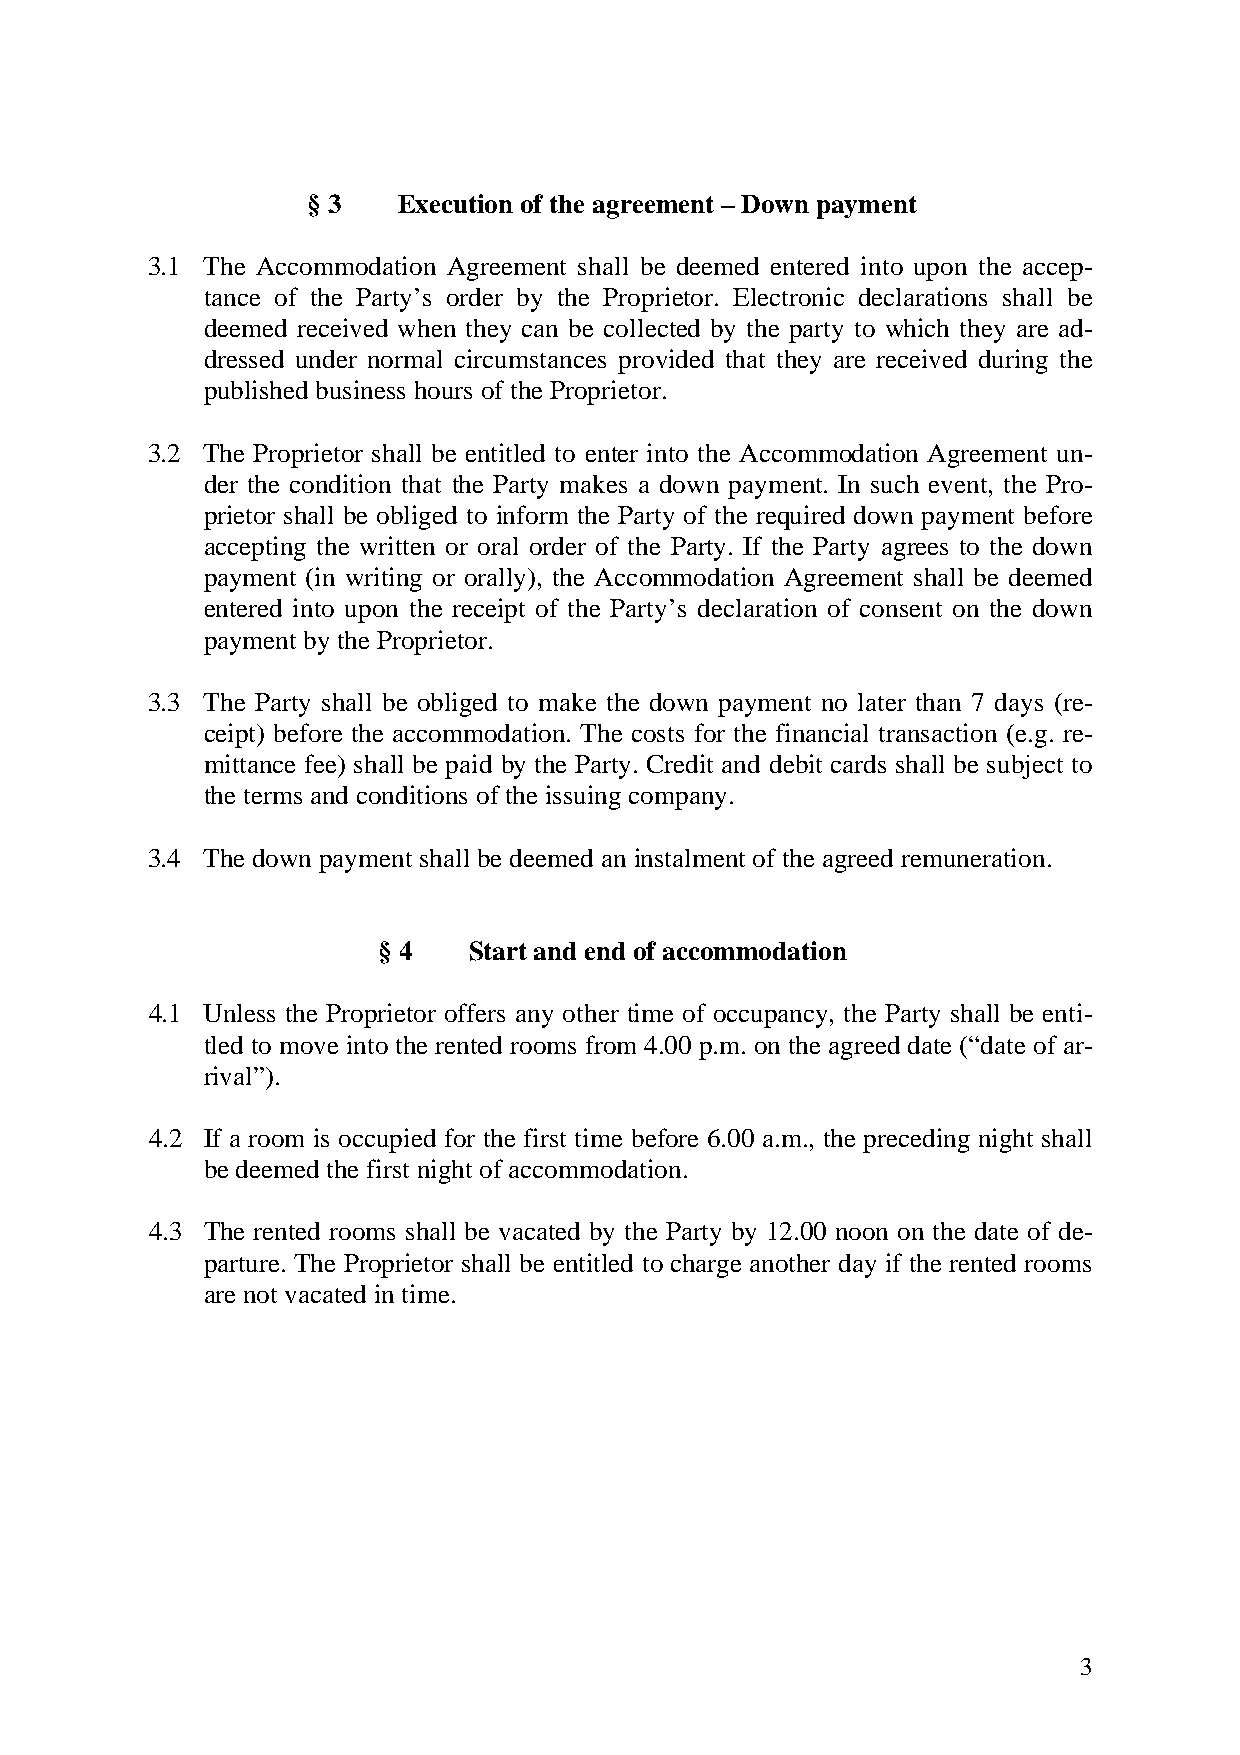
§ 3   Execution of the agreement – Down payment
 3.1 The Accommodation Agreement shall be deemed entered into upon the accep-
 tance of the Party’s order by the Proprietor. Electronic declarations shall be
 deemed received when they can be collected by the party to which they are ad-
 dressed under normal circumstances provided that they are received during the
 published business hours of the Proprietor.
 3.2 The Proprietor shall be entitled to enter into the Accommodation Agreement un-
 der the condition that the Party makes a down payment. In such event, the Pro-
 prietor shall be obliged to inform the Party of the required down payment before
 accepting the written or oral order of the Party. If the Party agrees to the down
 payment (in writing or orally), the Accommodation Agreement shall be deemed
 entered into upon the receipt of the Party’s declaration of consent on the down
 payment by the Proprietor.
 3.3 The Party shall be obliged to make the down payment no later than 7 days (re-
 ceipt) before the accommodation. The costs for the financial transaction (e.g. re-
 mittance fee) shall be paid by the Party. Credit and debit cards shall be subject to
 the terms and conditions of the issuing company.
 3.4 The down payment shall be deemed an instalment of the agreed remuneration.
 § 4   Start and end of accommodation
 4.1 Unless the Proprietor offers any other time of occupancy, the Party shall be enti-
 tled to move into the rented rooms from 4.00 p.m. on the agreed date (“date of ar-
 rival”).
 4.2 If a room is occupied for the first time before 6.00 a.m., the preceding night shall
 be deemed the first night of accommodation.
 4.3 The rented rooms shall be vacated by the Party by 12.00 noon on the date of de-
 parture. The Proprietor shall be entitled to charge another day if the rented rooms
 are not vacated in time.
 3